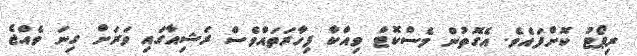
ރިޕޯޓު ކޮށްފައެވެ. އެގޮތުން މެސްކޮޓް ވިއްކާ ފިހާރަތައްވެސް ރަޝިއާގައި ވަރަށް ގިނަ ވެއްޖެ